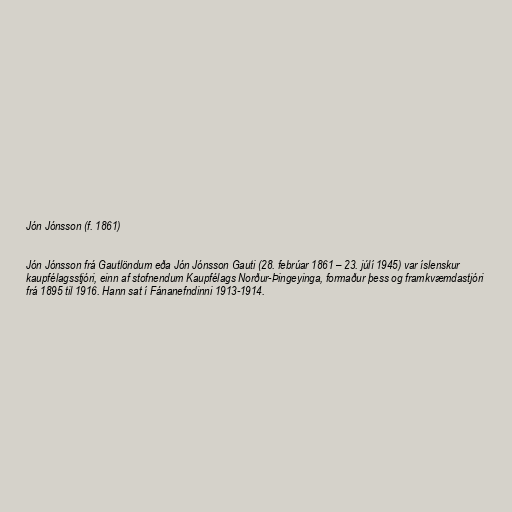
Jón Jónsson (f. 1861)

Jón Jónsson frá Gautlöndum eða Jón Jónsson Gauti (28. febrúar 1861 – 23. júlí 1945) var íslenskur
kaupfélagsstjóri, einn af stofnendum Kaupfélags Norður-Þingeyinga, formaður þess og framkvæmdastjóri
frá 1895 til 1916. Hann sat í Fánanefndinni 1913-1914.